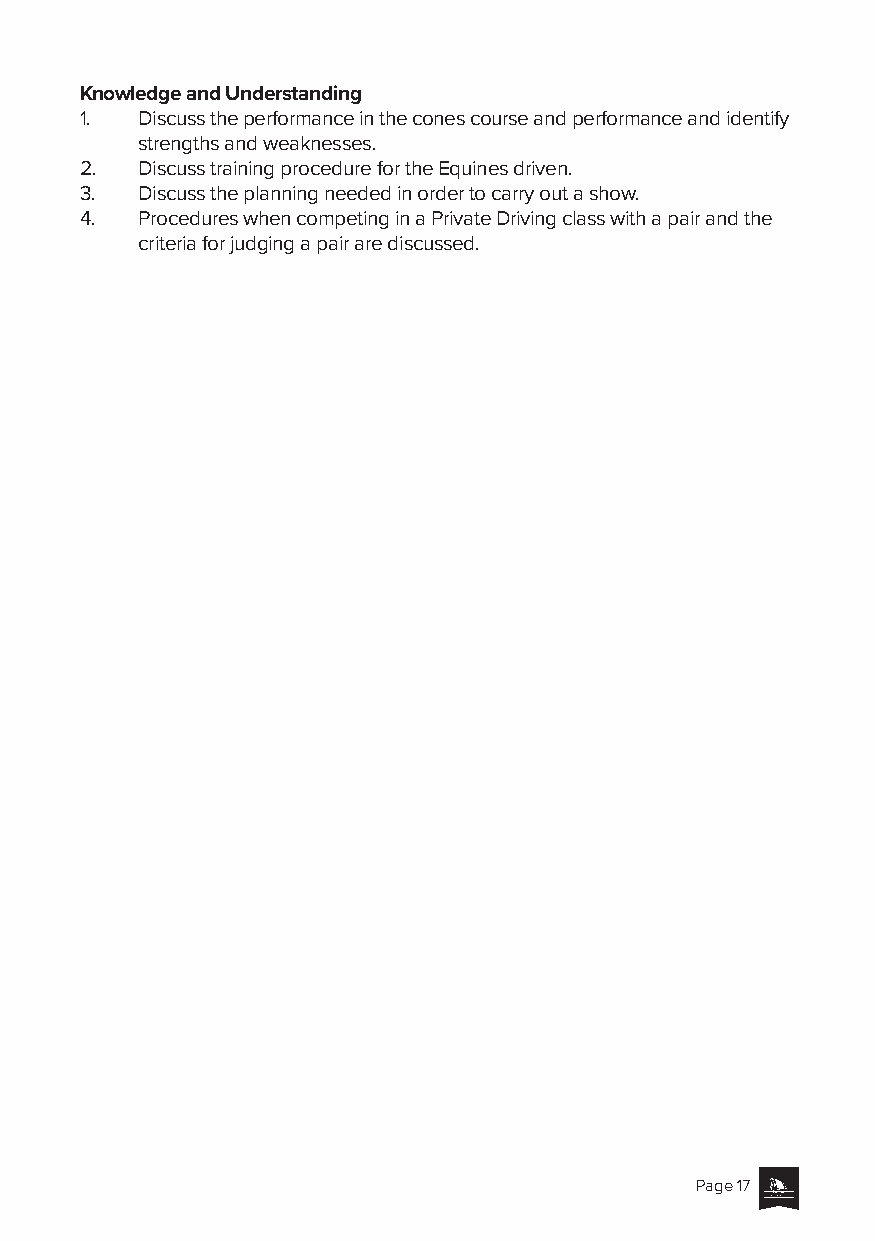
Knowledge and Understanding
 1.  Discuss the performance in the cones course and performance and identify
 strengths and weaknesses.
 2.  Discuss training procedure for the Equines driven.
 3.  Discuss the planning needed in order to carry out a show.
 4.  Procedures when competing in a Private Driving class with a pair and the
 criteria for judging a pair are discussed.
 Page 17